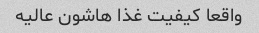
واقعا کیفیت غذا هاشون عالیه